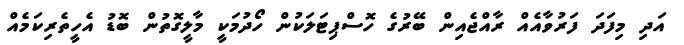
އަދި މިފަދަ ފަރުވާއެއް ރާއްޖެއިން ބޭރުގެ ހޮސްޕިޓަލަކުން ހޯދުމަކީ މާލީގޮތުން ބޮޑު އެހީތެރިކަމެއް